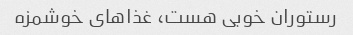
رستوران خوبی هست، غذاهای خوشمزه